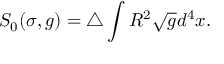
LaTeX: S _ { 0 } ( \sigma , g ) = \triangle \int R ^ { 2 } \sqrt { g } d ^ { 4 } x .